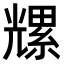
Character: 𫤡